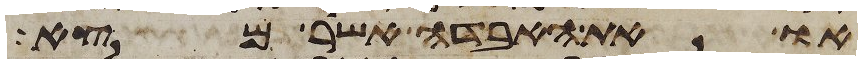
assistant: או את האבדה אשר מצא